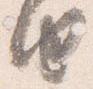
由